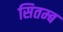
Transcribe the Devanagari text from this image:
सितम्ब